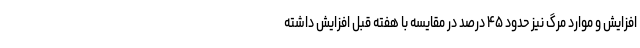
افزایش و موارد مرگ نیز حدود ۴۵ درصد در مقایسه با هفته قبل افزایش داشته